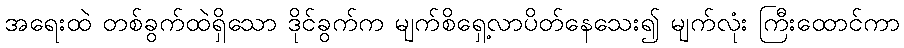
အရေးထဲ တစ်ခွက်ထဲရှိသော ဒိုင်ခွက်က မျက်စိရှေ့လာပိတ်နေသေး၍ မျက်လုံး ကြီးထောင်ကာ